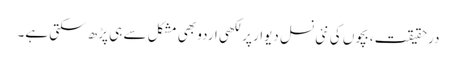
درحقیقت، بچوں کی نئی نسل دیوار پر لکھی اردو بھی مشکل سے ہی پڑھ سکتی ہے۔